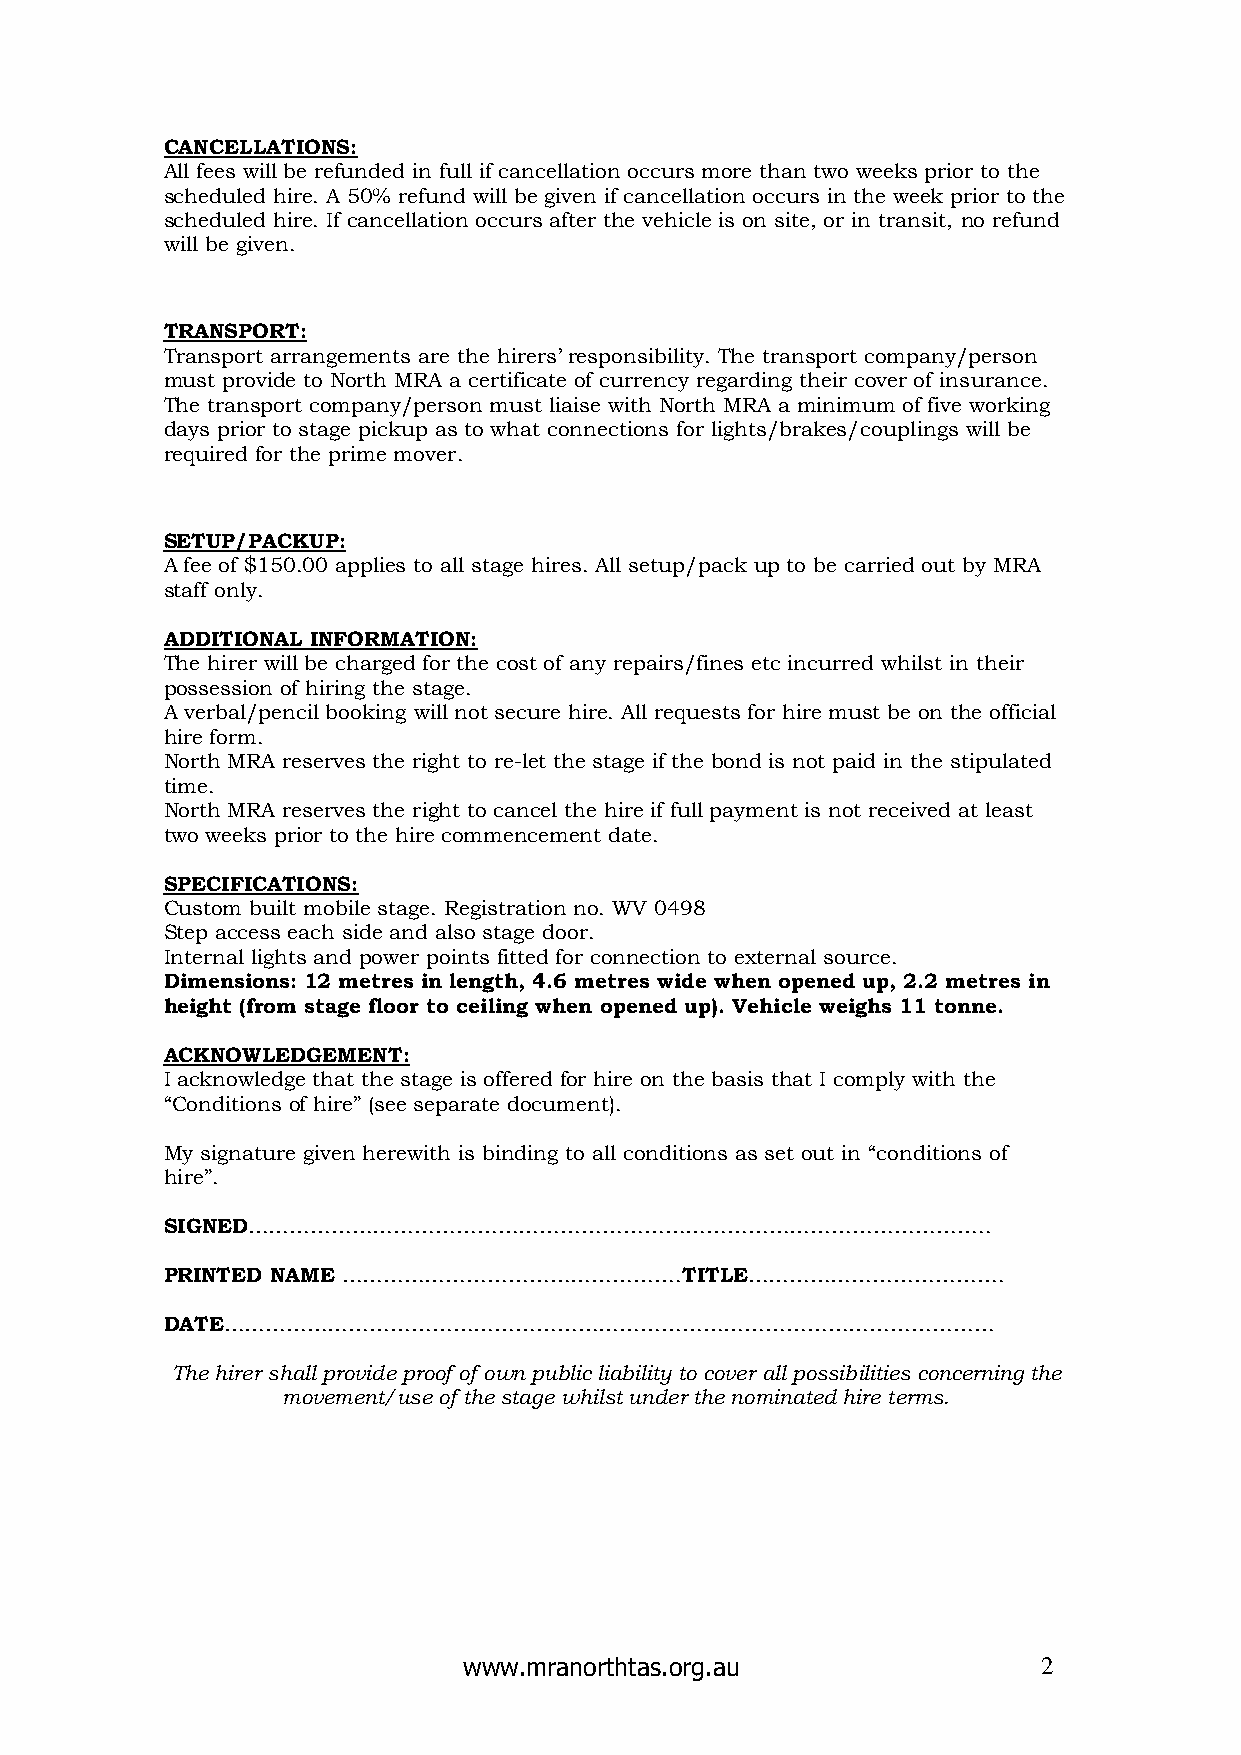
CANCELLATIONS:
 All fees will be refunded in full if cancellation occurs more than two weeks prior to the
 scheduled hire. A 50% refund will be given if cancellation occurs in the week prior to the
 scheduled hire. If cancellation occurs after the vehicle is on site, or in transit, no refund
 will be given.
 TRANSPORT:
 Transport arrangements are the hirers’ responsibility. The transport company/person
 must provide to North MRA a certificate of currency regarding their cover of insurance.
 Th e transport company/person must liaise with North MRA a minimum of five working
 da ys prior to stage pickup as to what connections for lights/brakes/couplings will be
 req uired for the prime mover.
 SE TUP/PACKUP:
 A fee of $150.00 applies to all stage hires. All setup/pack up to be carried out by MRA
 staff only.
 ADDITIONAL INFORMATION:
 Th e hirer will be charged for the cost of any repairs/fines etc incurred whilst in their
 po ssession of hiring the stage.
 A v erbal/pencil booking will not secure hire. All requests for hire must be on the official
 hire form.
 North MRA reserves the right to re-let the stage if the bond is not paid in the stipulated
 time.
 North MRA reserves the right to cancel the hire if full payment is not received at least
 tw o weeks prior to the hire commencement date.
 SPECIFICATIONS:
 Custom built mobile stage. Registration no. WV 0498
 Step access each side and also stage door.
 Internal lights and power points fitted for connection to external source.
 Dim ensions: 12 metres in length, 4.6 metres wide when opened up, 2.2 metres in
 he ight (from stage floor to ceiling when opened up). Vehicle weighs 11 tonne.
 ACKNOWLEDGEMENT:
 I acknowledge that the stage is offered for hire on the basis that I comply with the
 “Conditions of hire” (see separate document).
 My signature given herewith is binding to all conditions as set out in “conditions of
 hir e”.
 SIGNED……………………………………………………………………………………………..
 PRINTED NAME ………………………………………….TITLE……………………………….
 DA TE…………………………………………………………………………………………………
 Th e hirer shall provide proof of own public liability to cover all possibilities concerning the
 movement/use of the stage whilst under the nominated hire terms.
 www.mranorthtas.org.au                2